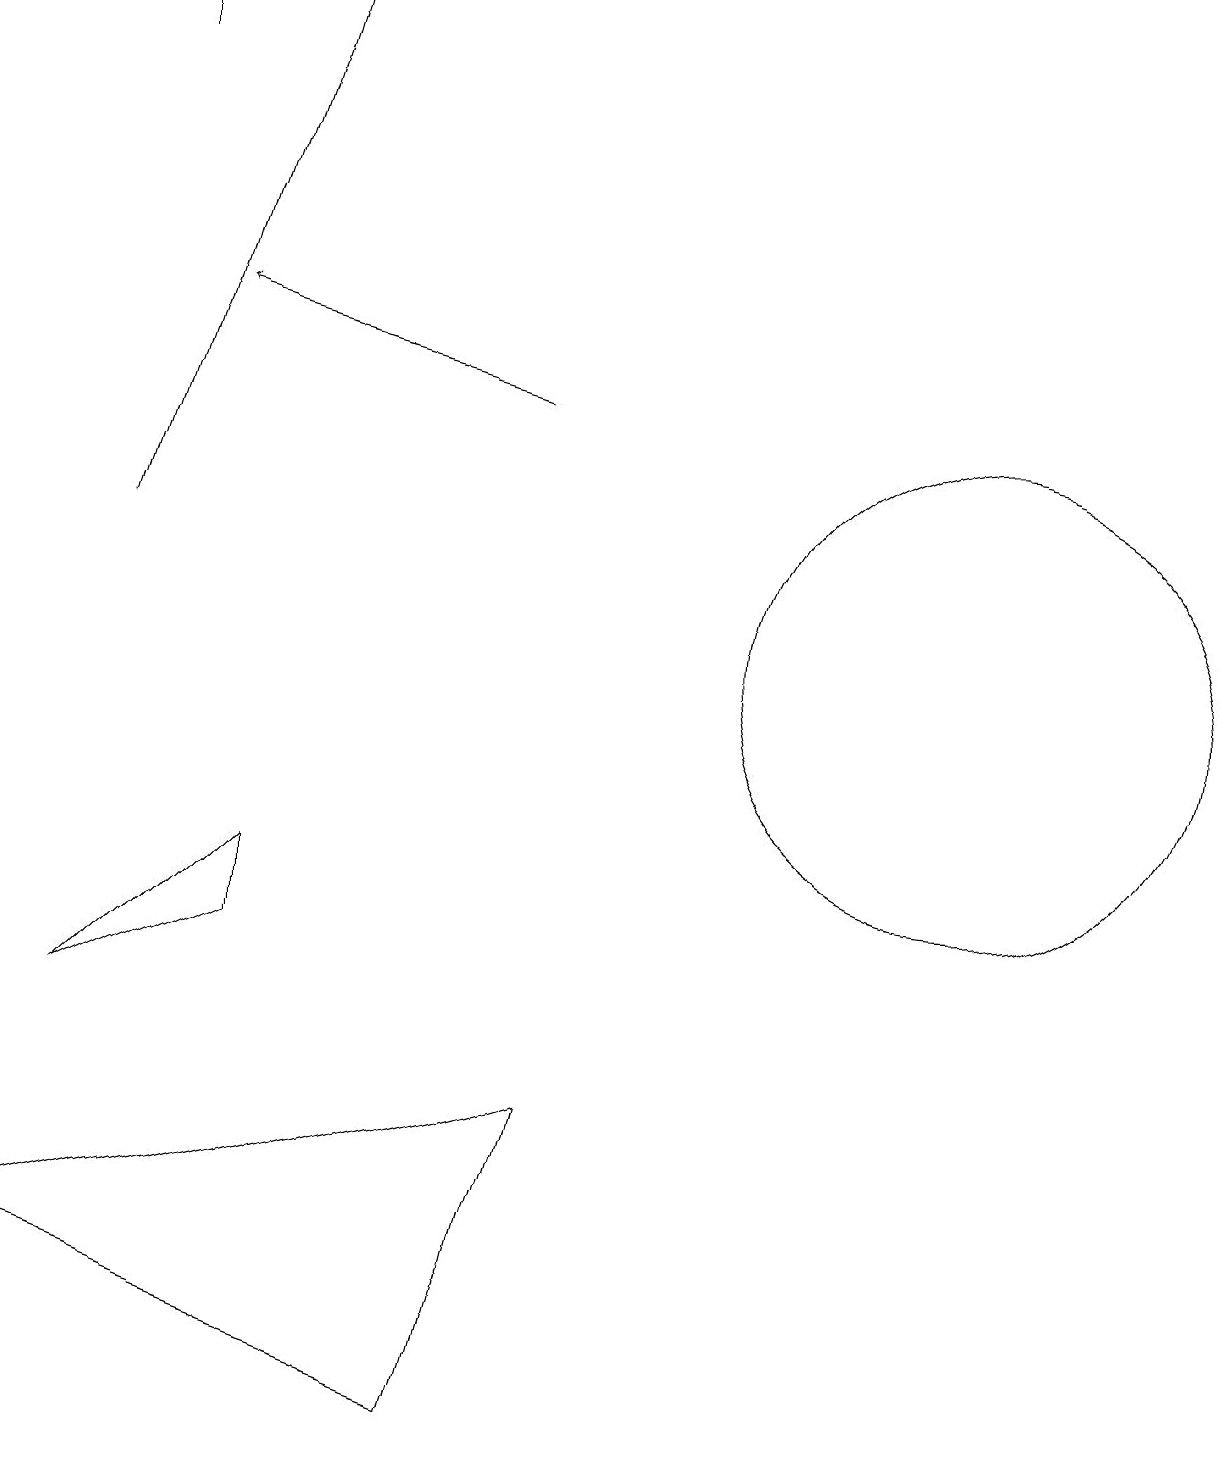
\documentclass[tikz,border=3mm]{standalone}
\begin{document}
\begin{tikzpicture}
\draw[->] (1,17) -- (1,18);
\draw (7,4) -- (0,2) -- (6,0) -- cycle;
\draw[->] (6,13) -- (2,14);
\draw[->] (1,11) -- (3,18);
\draw (1,5) -- (3,6) -- (3,7) -- cycle;
\draw (12,10) circle (3);
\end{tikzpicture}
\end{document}